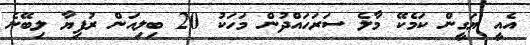
އެއީ ޔަގީން ކަމެކޭ މާލެ ސަރަހައްދުން މަހަކު 20 ބިލިއަން ރުފިޔާ ލިބޭނެ